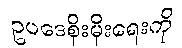
ဥပဒေစိုးမိုးရေးကို